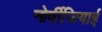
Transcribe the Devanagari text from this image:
नोर्वीजियाई